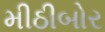
મીઠીબોર